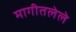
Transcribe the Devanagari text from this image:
मागीतलेले